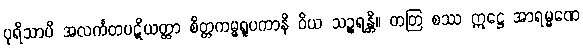
ပုရိသာပိ အလင်္ကတပဋိယတ္တာ စိတ္တကမ္မရူပကာနိ ဝိယ သဉ္စရန္တိ။ တတြ စဿ ဣဋ္ဌေ အာရမ္မဏေ